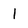
Character: l